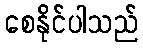
စေနိုင်ပါသည်